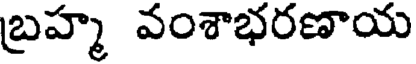
బ్రహ్మ వంశాభరణాయ